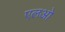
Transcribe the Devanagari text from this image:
एलओ